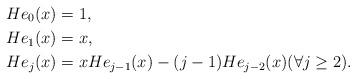
LaTeX: \begin{align*} He_0(x) &= 1 ,\\ He_1(x) &= x ,\\ He_j(x) &= x He_{j-1}(x) - (j-1) He_{j-2}(x) (\forall j \ge 2) .\end{align*}